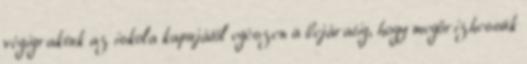
végigraktuk az iskola kapujától egészen a bejáratig, hogy megőrizhessük